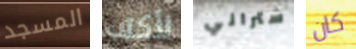
المسجد لأكتب ستراني كان